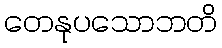
တေနုပသောဘတိ